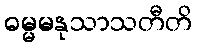
ဓမ္မမနုသာသတီတိ